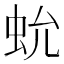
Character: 𧉃